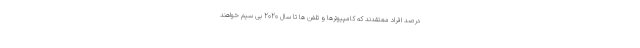
درصد افراد معتقدند که کامپیوترها و تلفن ها تا سال 2020 بی سیم خواهند